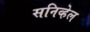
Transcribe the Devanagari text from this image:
सनिव्हेल